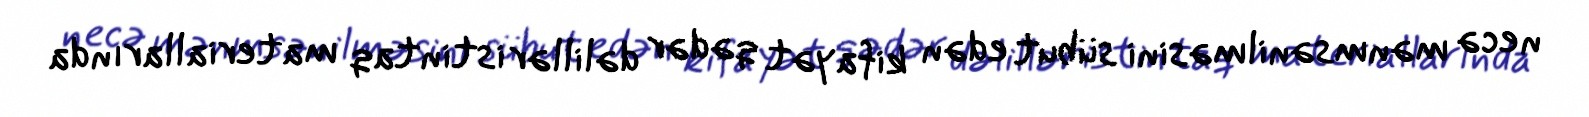
necə mənmsənilməsini sübut edən kifayət qədər dəlillər istintaq materiallarında